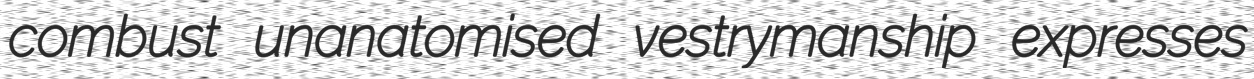
combust unanatomised vestrymanship expresses